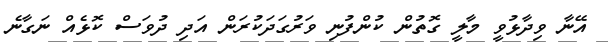
އޭނާ ވިދާޅުވީ މާލީ ގޮތުން ކުންފުނި ވަރުގަދަކުރަން އަދި ދުވަސް ކޮޅެއް ނަގާނެ